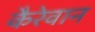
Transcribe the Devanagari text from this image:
कैरेवान